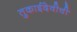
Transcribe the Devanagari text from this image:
तुकाईदेवीची